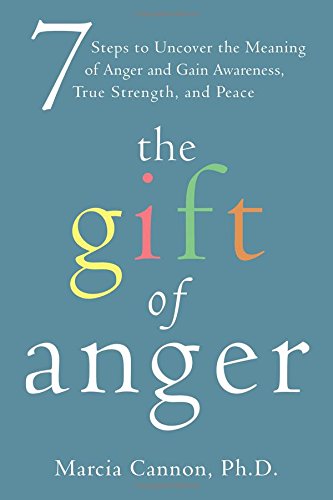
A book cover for The Gift of Anger: Seven Steps to Uncover the Meaning of Anger and Gain Awareness, True Strength, and Peace; Marcia Cannon; Self-Help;